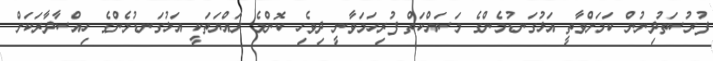
ފުރުސަތުދިނުން ކަމަށްވާތީ އަޅުގަނޑުމެންގެ މަސައްކަތް ފުރިހަމަވާނީ ދިވެހި ކޮންމެ ރައްޔަތަކީ އަޅުގަނޑުމެންގެ ހިއްސާދާރަކަށް